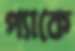
প্যাকে